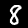
Digit: 8